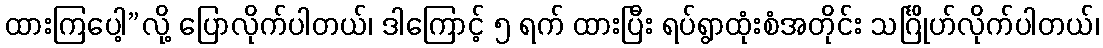
ထားကြပေါ့”လို့ ပြောလိုက်ပါတယ်၊ ဒါကြောင့် ၅ ရက် ထားပြီး ရပ်ရွာထုံးစံအတိုင်း သင်္ဂြိုဟ်လိုက်ပါတယ်၊